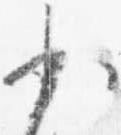
少